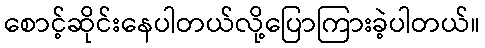
စောင့်ဆိုင်းနေပါတယ်လို့ပြောကြားခဲ့ပါတယ်။